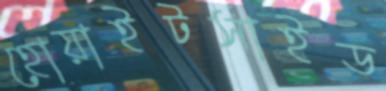
হোয়াইটসাইড